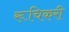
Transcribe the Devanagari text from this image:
रूचिकरी